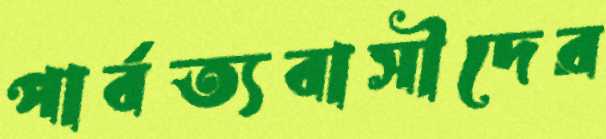
পার্বত্যবাসীদের